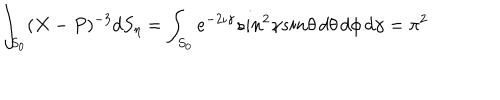
\int _ { S _ { 0 } } ( X - P ) ^ { - 3 } d S _ { \eta } = \int _ { S _ { 0 } } e ^ { - 2 \iota \gamma } s i n ^ { 2 } \gamma s i n \theta \, d \theta \, d \phi \, d \gamma = \pi ^ { 2 }